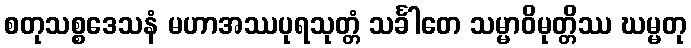
စတုသစ္စဒေသနံ မဟာအဿပုရသုတ္တံ သင်္ခါတေ သမ္မာဝိမုတ္တိဿ ဃမ္မတု